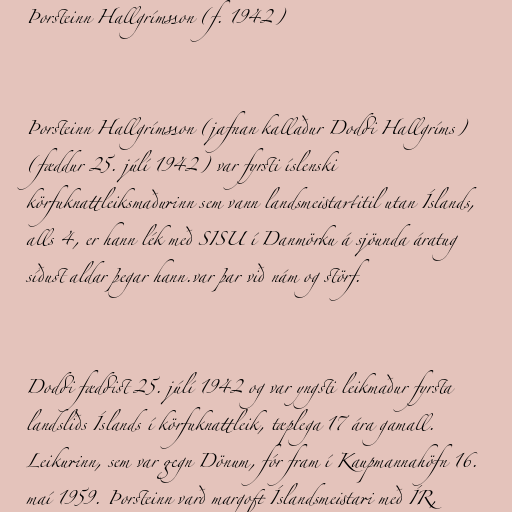
Þorsteinn Hallgrímsson (f. 1942)

Þorsteinn Hallgrímsson (jafnan kallaður Doddi Hallgríms)
(fæddur 25. júlí 1942) var fyrsti íslenski
körfuknattleiksmaðurinn sem vann landsmeistartitil utan Íslands,
alls 4, er hann lék með SISU í Danmörku á sjöunda áratug
síðust aldar þegar hann.var þar við nám og störf.

Doddi fæddist 25. júlí 1942 og var yngsti leikmaður fyrsta
landsliðs Íslands í körfuknattleik, tæplega 17 ára gamall.
Leikurinn, sem var gegn Dönum, fór fram í Kaupmannahöfn 16.
maí 1959. Þorsteinn varð margoft Íslandsmeistari með ÍR,